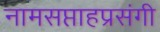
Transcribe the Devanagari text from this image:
नामसप्ताहप्रसंगी